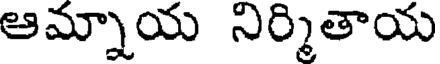
ఆమ్నాయ నిర్మితాయ